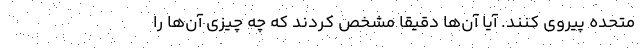
متحده پیروی کنند. آیا آن‌ها دقیقاً مشخص کردند که چه چیزی آن‌ها را